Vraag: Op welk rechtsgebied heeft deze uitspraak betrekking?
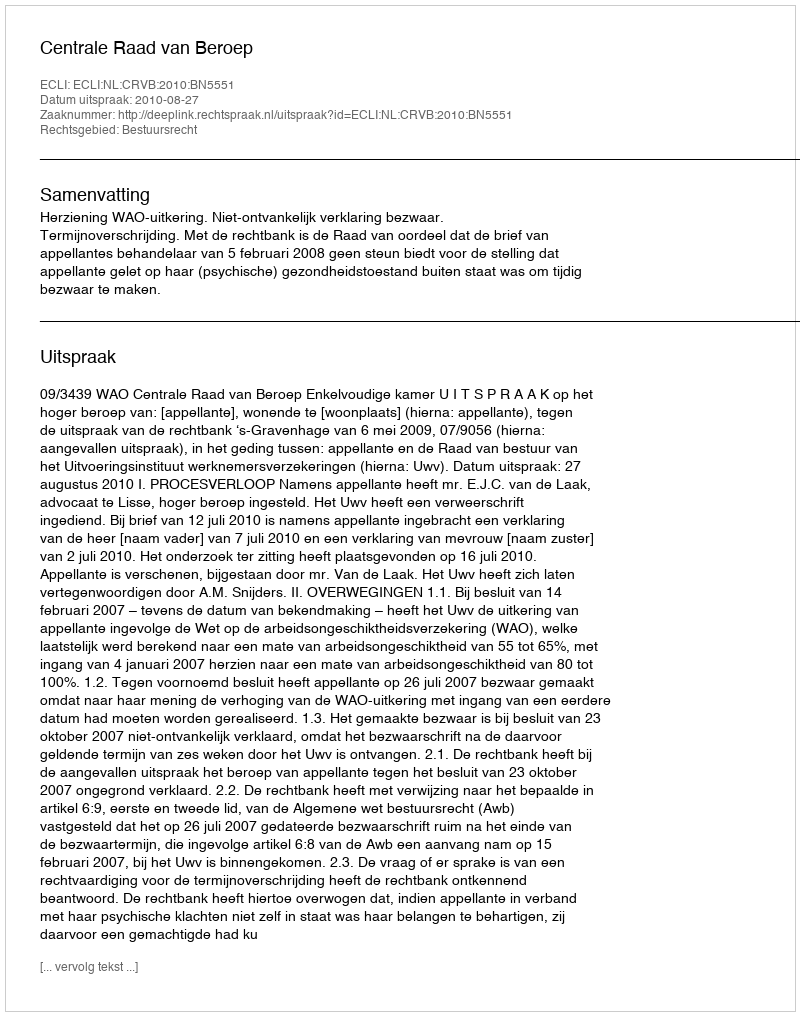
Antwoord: Bestuursrecht